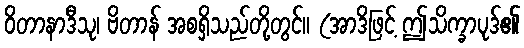
ဝိတာနာဒီသု၊ ဗိတာန် အစရှိသည်တို့တွင်။ (အာဒိဖြင့် ဤသိက္ခာပုဒ်၏